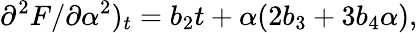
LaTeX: \partial^{2}F/\partial\alpha^{2})_{t}=b_{2}t+\alpha(2b_{3}+3b_{4}\alpha),